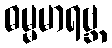
ဓမ္မမာရဗ္ဘ